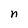
Character: n